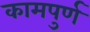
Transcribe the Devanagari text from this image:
कामपुर्ण